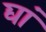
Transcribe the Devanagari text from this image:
द्यां